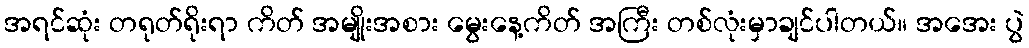
အရင်ဆုံး တရုတ်ရိုးရာ ကိတ် အမျိုးအစား မွေးနေ့ကိတ် အကြီး တစ်လုံးမှာချင်ပါတယ်။ အအေး ပွဲ